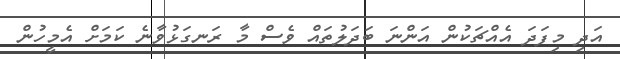
އަދި މިފަދަ އެއްޗަކުން އަންނަ ބަދަލުތައް ވެސް މާ ރަނގަޅުވާނެ ކަމަށް އެމީހުން